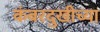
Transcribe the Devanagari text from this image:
कंबरदुखीच्या